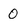
Character: 0